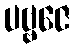
ပဗ္ဗဇေ